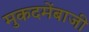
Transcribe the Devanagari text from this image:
मुकदमेंबाजी